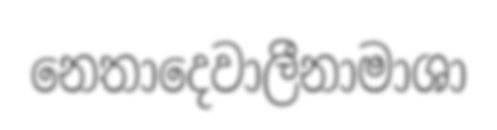
නෙතාදෙවාලීනාමාශා